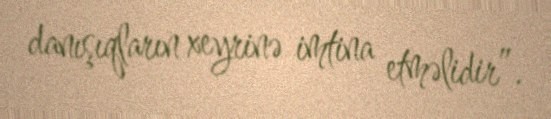
danışıqların xeyrinə imtina etməlidir”.